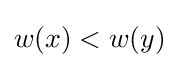
w(x)<w(y)